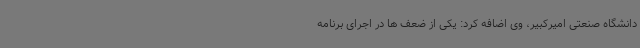
دانشگاه صنعتی امیرکبیر، وی اضافه کرد: یکی از ضعف ها در اجرای برنامه